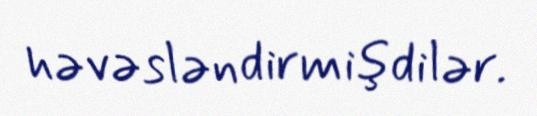
həvəsləndirmişdilər.